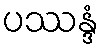
ပဿန္ဒံ